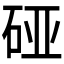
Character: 𰦴